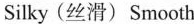
Silky (丝滑)Smooth